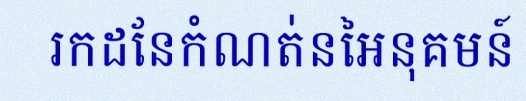
រកដែនកំណត់នៃអនុគមន៍